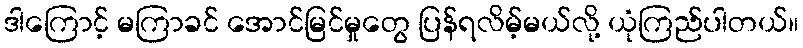
ဒါကြောင့် မကြာခင် အောင်မြင်မှုတွေ ပြန်ရလိမ့်မယ်လို့ ယုံကြည်ပါတယ်။